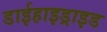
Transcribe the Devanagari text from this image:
डाईहाइड्राइड